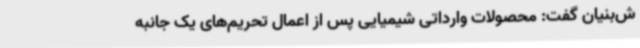
ش‌بنیان گفت: محصولات وارداتی شیمیایی پس از اعمال تحریم‌های یک جانبه